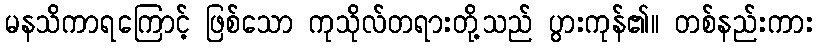
မနသိကာရကြောင့် ဖြစ်သော ကုသိုလ်တရားတို့သည် ပွားကုန်၏။ တစ်နည်းကား